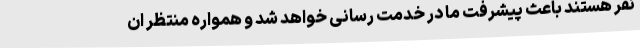
نفر هستند باعث پیشرفت ما در خدمت رسانی خواهد شد و همواره منتظر ان